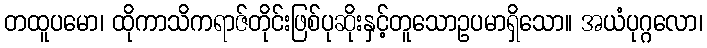
တထူပမော၊ ထိုကာသိကရာဇ်တိုင်းဖြစ်ပုဆိုးနှင့်တူသောဥပမာရှိသော။ အယံပုဂ္ဂလော၊